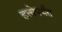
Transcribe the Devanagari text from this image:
हत्त्येपर्यंत